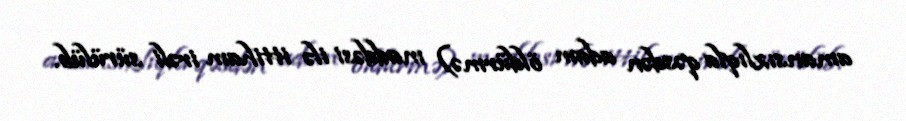
amansızlıqla qəsdən adam öldürmə) maddəsi ilə ittiham irəli sürülüb.